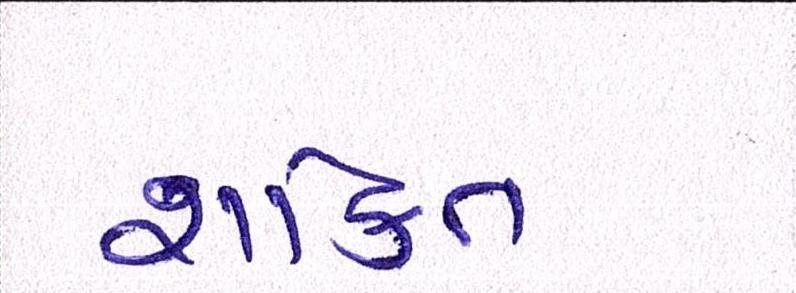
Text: શકિત